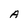
Character: A